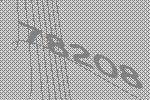
78208